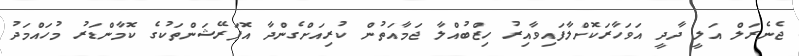
ޖެނެރަލް އަލީ ދާދީ އަވަހާރަކޮށްލާފައިވާއިރު ހިޒްބުއްލާ ޖަމާއަތުން ކުރިއަށްގެންދާ އޮޕަރޭޝަންތަކުގެ ކޮމާންޑަރު މުހައްމަދު